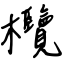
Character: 欖